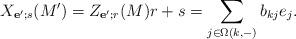
LaTeX: \begin{align*}X_{\mathbf e';s}(M') = Z_{\mathbf e'; r}(M)r + s = \sum_{j\in \Omega(k,-)} b_{kj}e_j. \end{align*}